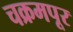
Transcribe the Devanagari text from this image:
चक्रमपूर